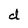
Character: d